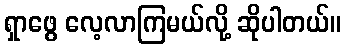
ရှာဖွေ လေ့လာကြမယ်လို့ ဆိုပါတယ်။